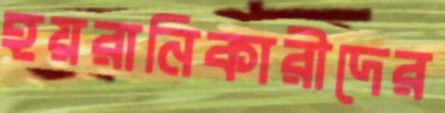
হয়রানিকারীদের